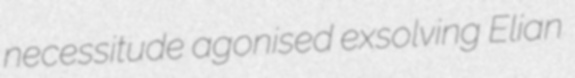
necessitude agonised exsolving Elian